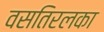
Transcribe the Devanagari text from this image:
वसतिरलका